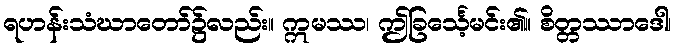
ရဟန်းသံဃာတော်၌လည်း။ ဣမဿ၊ ဤခြင်္သေ့မင်း၏။ စိတ္တဿာဒေါ၊